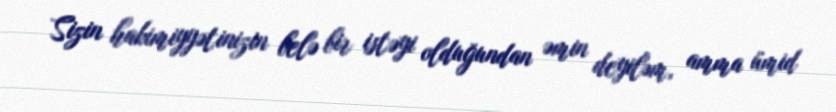
Sizin hakimiyyətinizin belə bir istəyi olduğundan əmin deyiləm, amma ümid